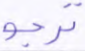
ترجو